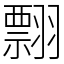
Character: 翲